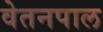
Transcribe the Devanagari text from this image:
वेतनपाल